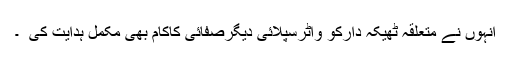
انہوں نے متعلقہ ٹھیکہ دارکو واٹرسپلائی دیگرصفائی کاکام بھی مکمل ہدایت کی ْ ۔